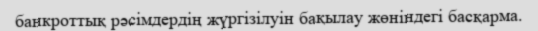
банкроттық рәсімдердің жүргізілуін бақылау жөніндегі басқарма.